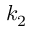
k _ { 2 }